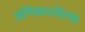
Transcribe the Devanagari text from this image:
अंगिकारलेल्या